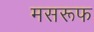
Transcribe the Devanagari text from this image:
मसरूफ